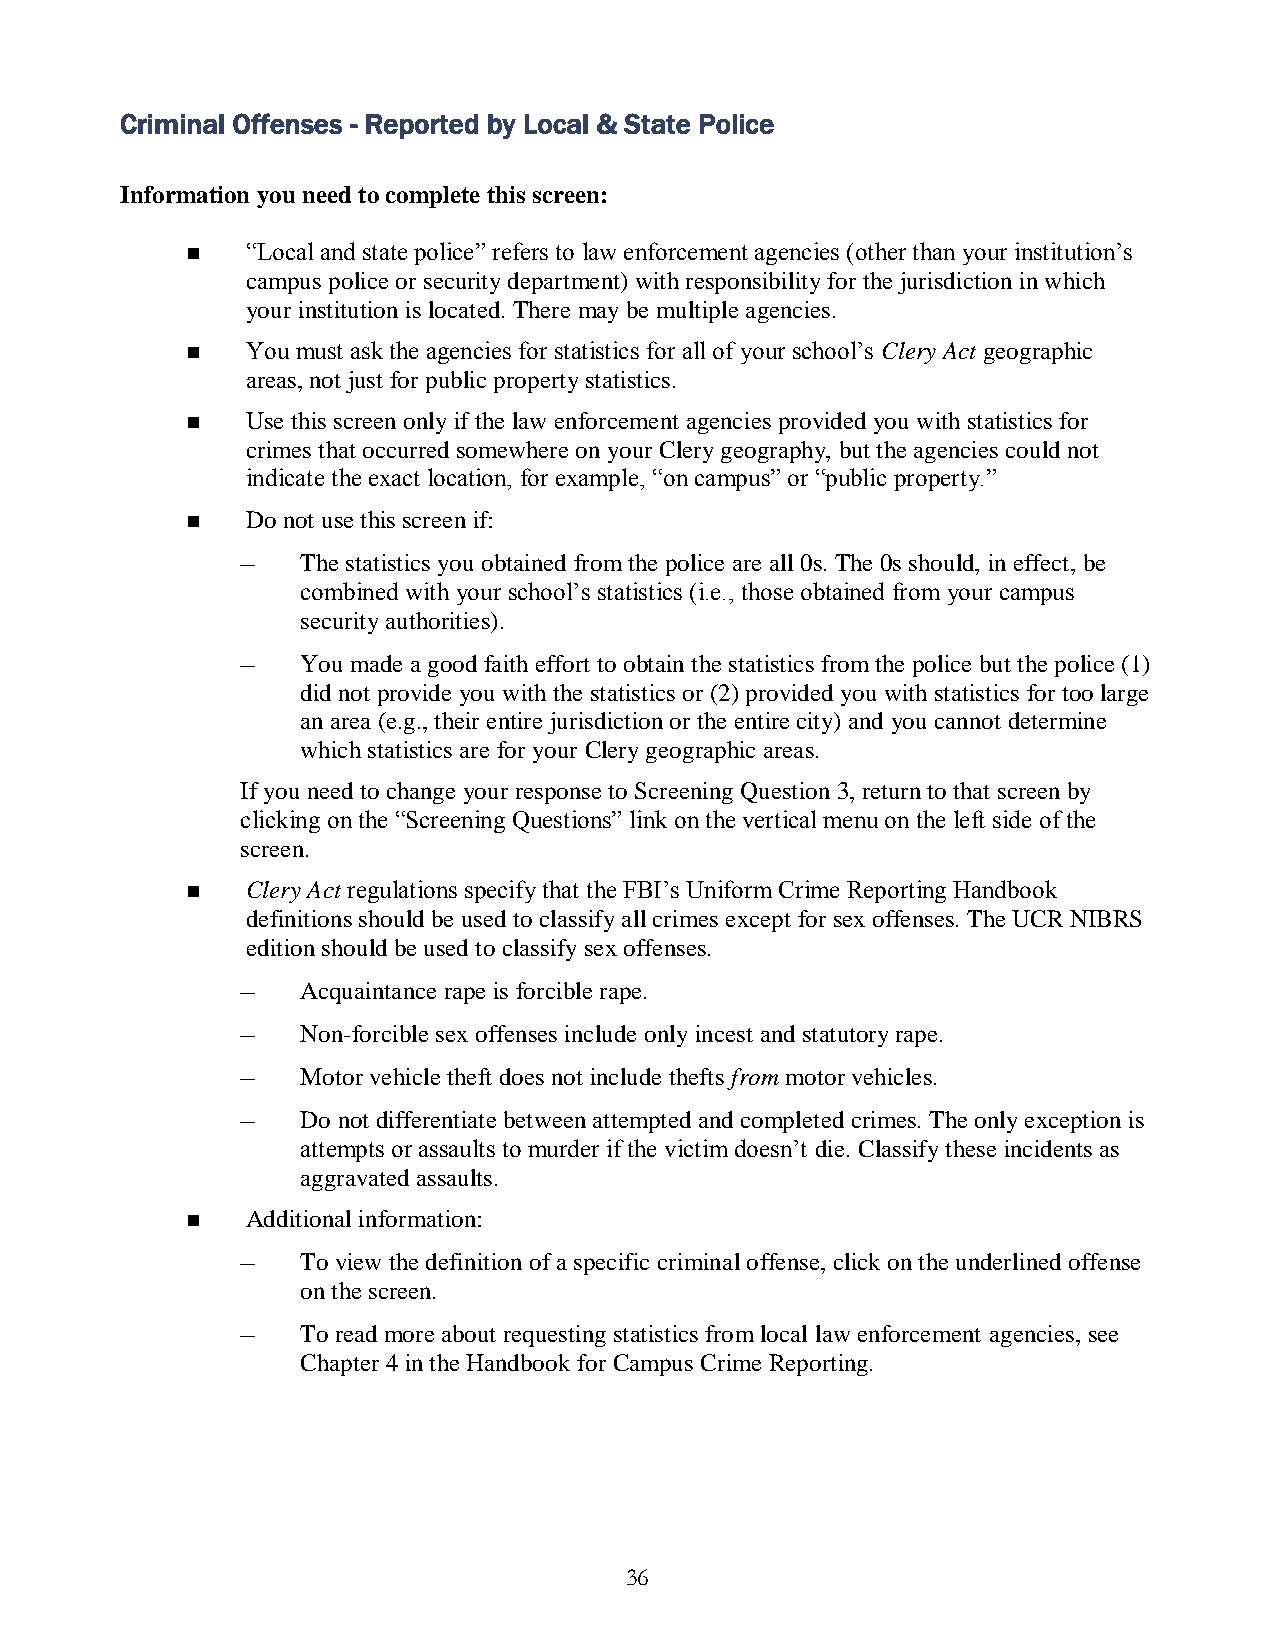
Criminal Offenses - Reported by Local & State Police
 Information you need to complete this screen:
    “Local and state police” refers to law enforcement agencies (other than your institution’s
 campus police or security department) with responsibility for the jurisdiction in which
 your institution is located. There may be multiple agencies.
    You must ask the agencies for statistics for all of your school’s Clery Act geographic
 areas, not just for public property statistics.
    Use this screen only if the law enforcement agencies provided you with statistics for
 crimes that occurred somewhere on your Clery geography, but the agencies could not
 indicate the exact location, for example, “on campus” or “public property.”
    Do not use this screen if:
 –   The statistics you obtained from the police are all 0s. The 0s should, in effect, be
 combined with your school’s statistics (i.e., those obtained from your campus
 security authorities).
 –   You made a good faith effort to obtain the statistics from the police but the police (1)
 did not provide you with the statistics or (2) provided you with statistics for too large
 an area (e.g., their entire jurisdiction or the entire city) and you cannot determine
 which statistics are for your Clery geographic areas.
 If you need to change your response to Screening Question 3, return to that screen by
 clicking on the “Screening Questions” link on the vertical menu on the left side of the
 screen.
    Clery Act regulations specify that the FBI’s Uniform Crime Reporting Handbook
 definitions should be used to classify all crimes except for sex offenses. The UCR NIBRS
 edition should be used to classify sex offenses.
 –   Acquaintance rape is forcible rape.
 –   Non-forcible sex offenses include only incest and statutory rape.
 –   Motor vehicle theft does not include thefts from motor vehicles.
 –   Do not differentiate between attempted and completed crimes. The only exception is
 attempts or assaults to murder if the victim doesn’t die. Classify these incidents as
 aggravated assaults.
    Additional information:
 –   To view the definition of a specific criminal offense, click on the underlined offense
 on the screen.
 –   To read more about requesting statistics from local law enforcement agencies, see
 Chapter 4 in the Handbook for Campus Crime Reporting.
 36